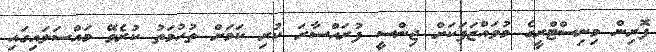
ފޮރިން މިނިސްޓްރީގެ މުވައްޒަފަކަށް ޖިންސީ ފުރައްސާރަ ކުރި ކަމަށް ތުހުމަތު ކުރެވޭ މައްސަލައިގައި